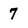
Character: 7